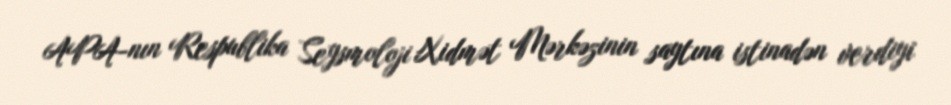
APA-nın Respublika Seysmoloji Xidmət Mərkəzinin saytına istinadən verdiyi